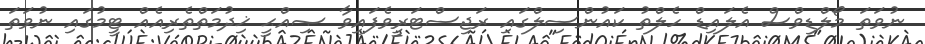
ނުވަތަ މޯލްޑިވްސް އެލައިޑް ހެލްތު ކައުންސިލްގައި ރަޖިސްޓަރީވެފައިވާ ޞިއްޙީ ޚިދުމަތްތެރިއެއް ޓީމުގައި ނުވަތަ